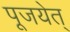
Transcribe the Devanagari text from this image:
पूजयेत्